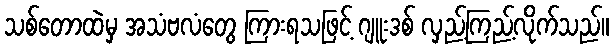
သစ်တောထဲမှ အသံဗလံတွေ ကြားရသဖြင့် ဂျူးဒစ် လှည့်ကြည့်လိုက်သည်။